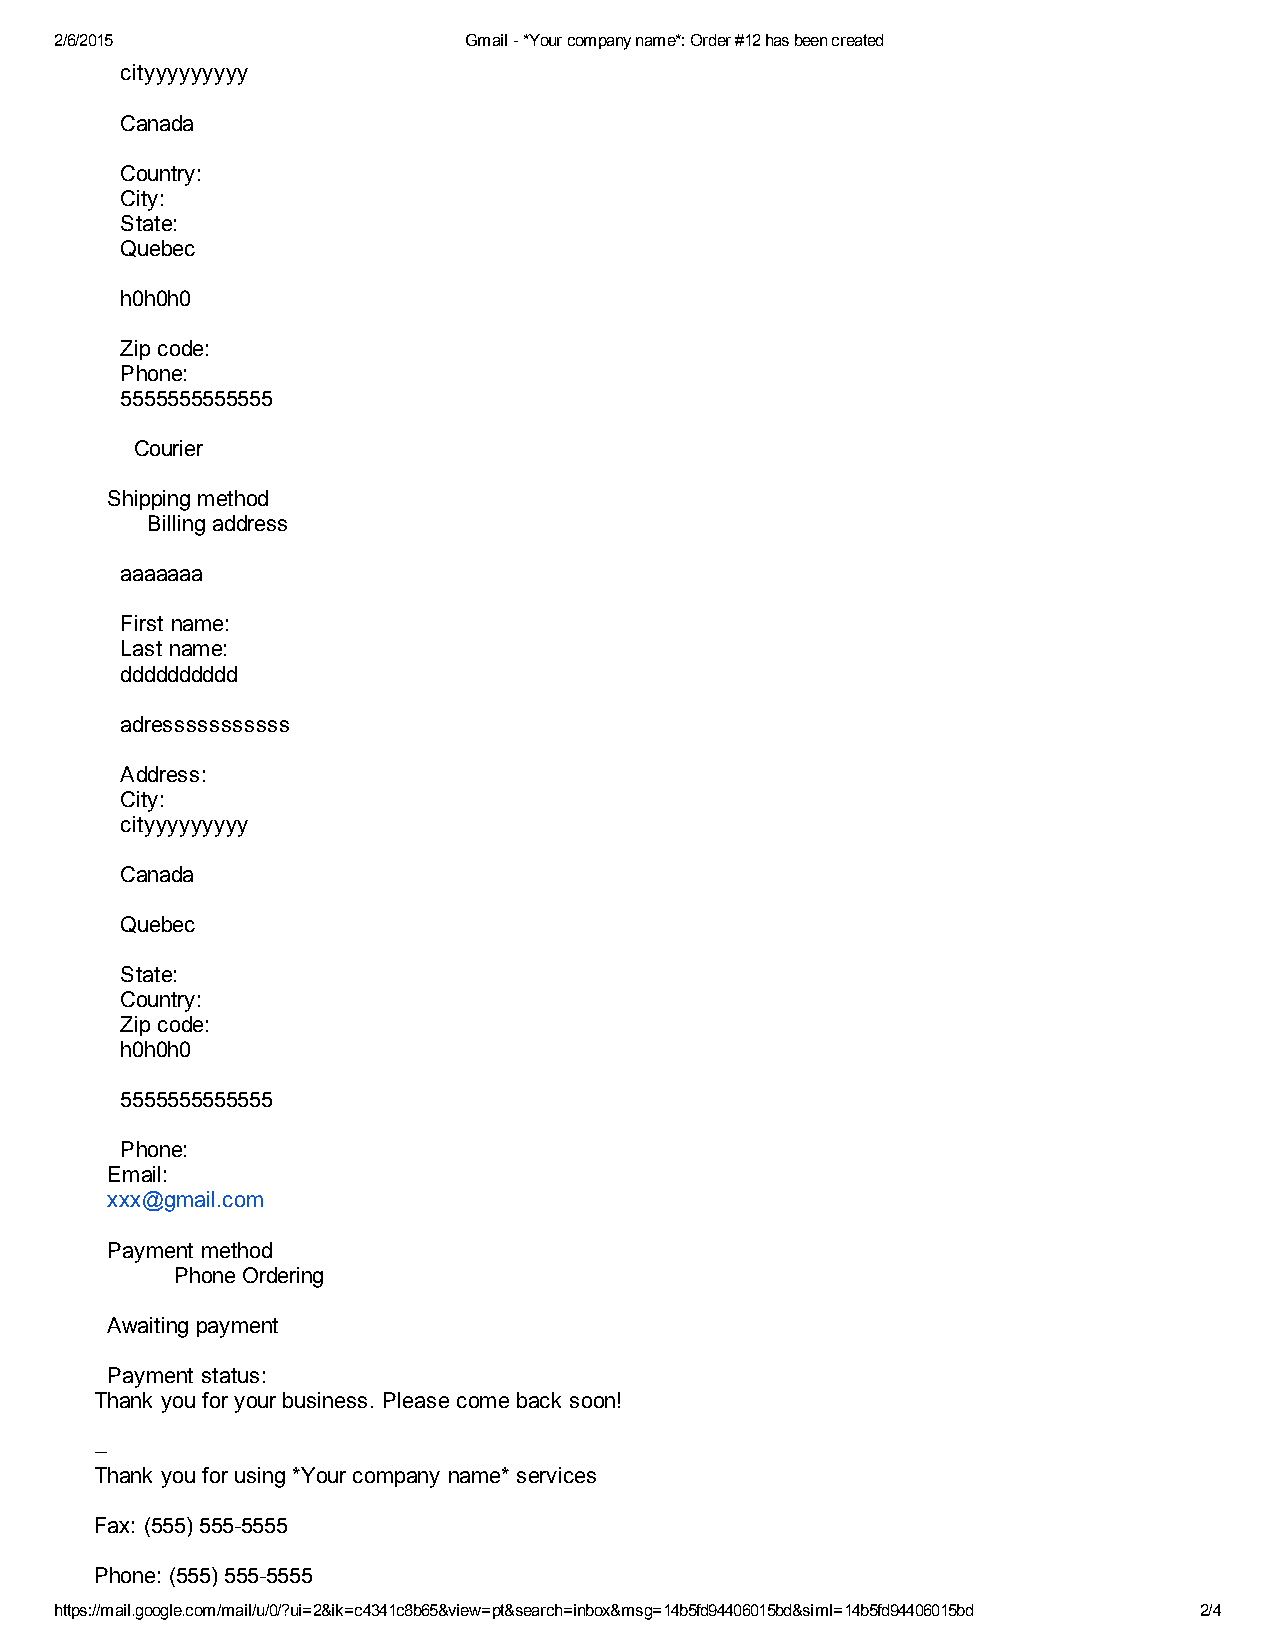
2/6/2015                   Gmail ­ *Your company name*: Order #12 has been created
 cityyyyyyyyy
 Canada
 Country:
 City:
 State:
 Quebec
 h0h0h0
 Zip code:
 Phone:
 5555555555555
 Courier
 Shipping method
 Billing address
 aaaaaaa
 First name:
 Last name:
 dddddddddd
 adresssssssssss
 Address:
 City:
 cityyyyyyyyy
 Canada
 Quebec
 State:
 Country:
 Zip code:
 h0h0h0
 5555555555555
 Phone:
 Email:
 xxx@gmail.com
 Payment method
 Phone Ordering
 Awaiting payment
 Payment status:
 Thank you for your business. Please come back soon!
 ­­
 Thank you for using *Your company name* services
 Fax: (555) 555­5555
 Phone: (555) 555­5555
 https://mail.google.com/mail/u/0/?ui=2&ik=c4341c8b65&view=pt&search=inbox&msg=14b5fd94406015bd&siml=14b5fd94406015bd 2/4